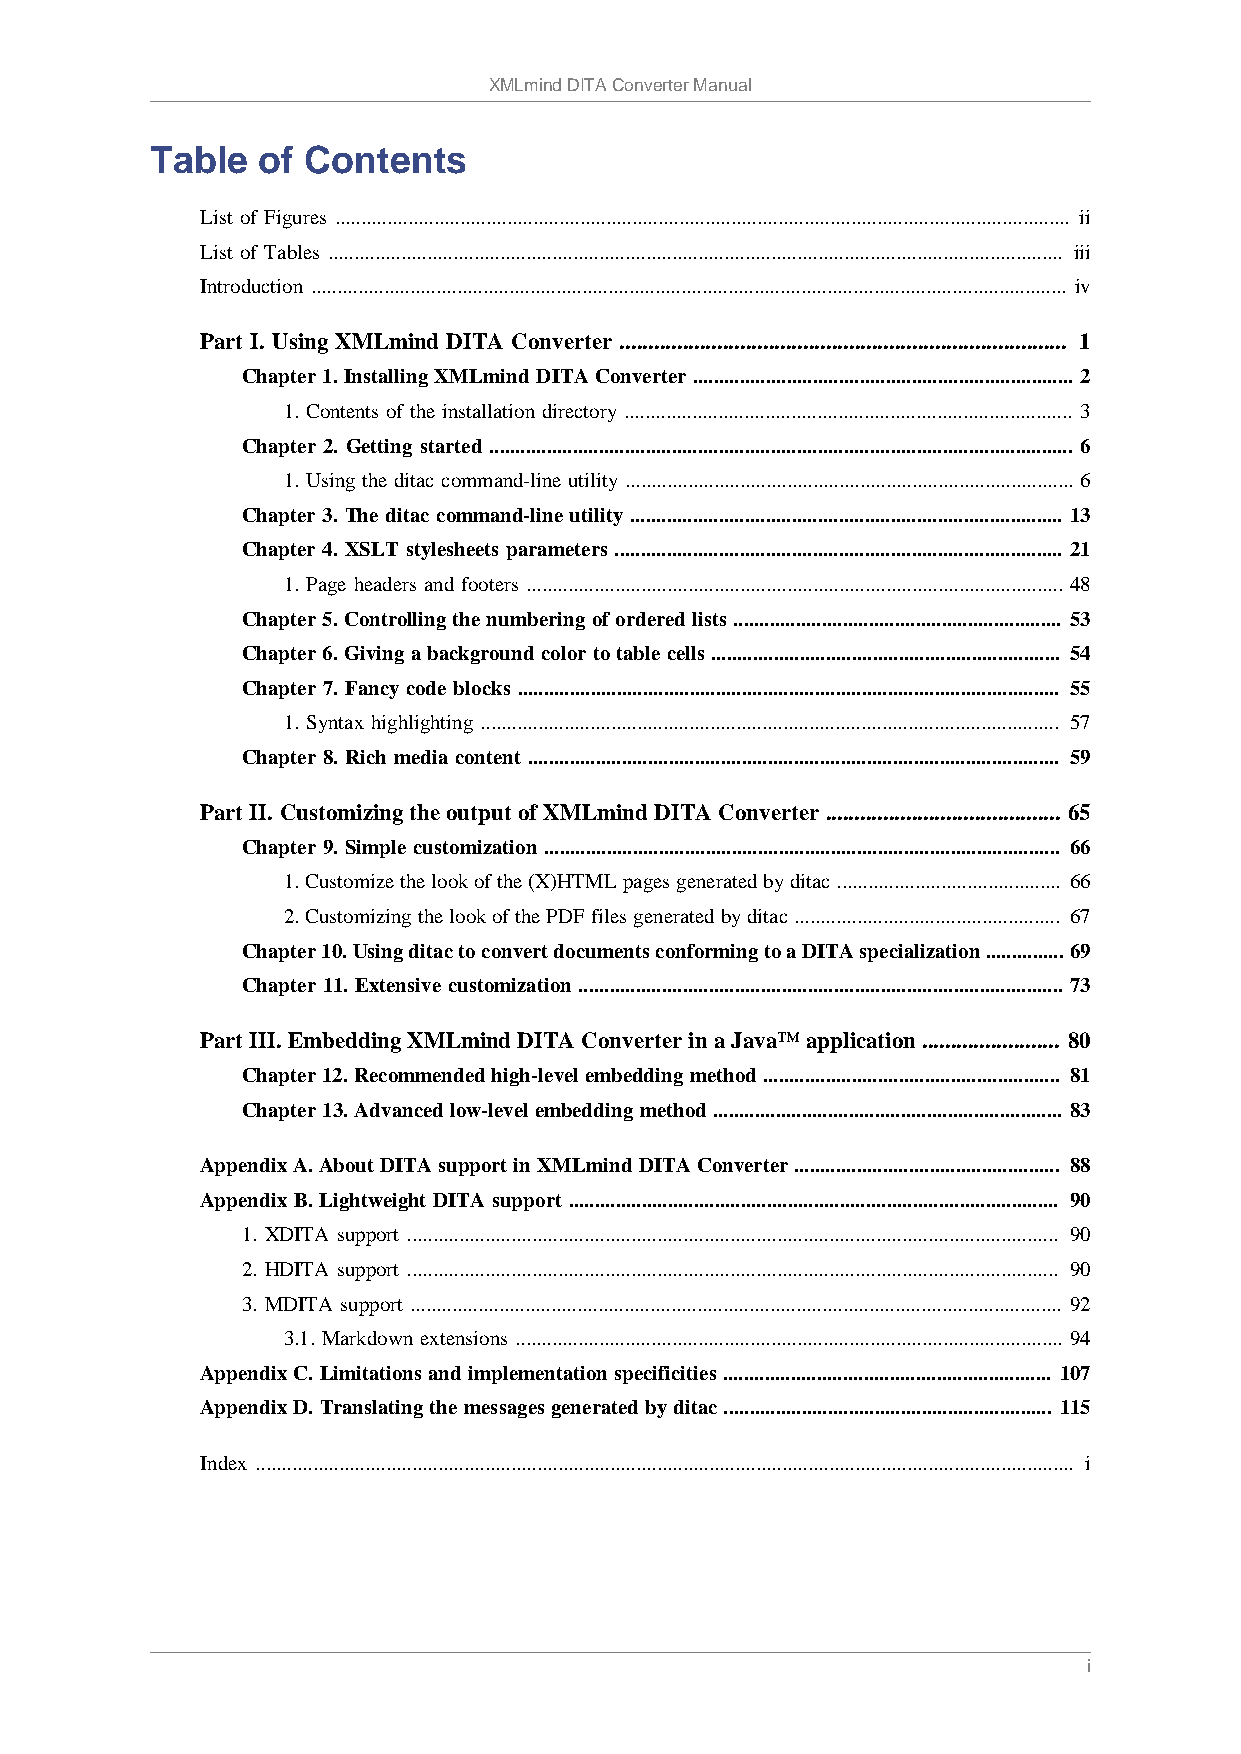
XMLmind DITA Converter Manual
 Table  of Contents
 List of Figures ............................................................................................................................................. ii
 List of Tables ............................................................................................................................................. iii
 Introduction ................................................................................................................................................. iv
 Part I. Using XMLmind DITA Converter .............................................................................. 1
 Chapter 1. Installing XMLmind DITA Converter ......................................................................... 2
 1. Contents of the installation directory ...................................................................................... 3
 Chapter 2. Getting started ................................................................................................................ 6
 1. Using the ditac command-line utility ...................................................................................... 6
 Chapter 3. The ditac command-line utility ................................................................................... 13
 Chapter 4. XSLT stylesheets parameters ...................................................................................... 21
 1. Page headers and footers ....................................................................................................... 48
 Chapter 5. Controlling the numbering of ordered lists ............................................................... 53
 Chapter 6. Giving a background color to table cells ................................................................... 54
 Chapter 7. Fancy code blocks ........................................................................................................ 55
 1. Syntax highlighting ............................................................................................................... 57
 Chapter 8. Rich media content ...................................................................................................... 59
 Part II. Customizing the output of XMLmind DITA Converter ......................................... 65
 Chapter 9. Simple customization ................................................................................................... 66
 1. Customize the look of the (X)HTML pages generated by ditac ........................................... 66
 2. Customizing the look of the PDF files generated by ditac ................................................... 67
 Chapter 10. Using ditac to convert documents conforming to a DITA specialization ............... 69
 Chapter 11. Extensive customization ............................................................................................. 73
 Part III. Embedding XMLmind DITA Converter in a Java™ application ........................ 80
 Chapter 12. Recommended high-level embedding method ......................................................... 81
 Chapter 13. Advanced low-level embedding method ................................................................... 83
 Appendix A. About DITA support in XMLmind DITA Converter ................................................... 88
 Appendix B. Lightweight DITA support .............................................................................................. 90
 1. XDITA support ............................................................................................................................. 90
 2. HDITA support ............................................................................................................................. 90
 3. MDITA support ............................................................................................................................. 92
 3.1. Markdown extensions ......................................................................................................... 94
 Appendix C. Limitations and implementation specificities ............................................................... 107
 Appendix D. Translating the messages generated by ditac ............................................................... 115
 Index ............................................................................................................................................................. i
 i